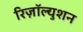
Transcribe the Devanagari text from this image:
रिज़ॉल्युशन